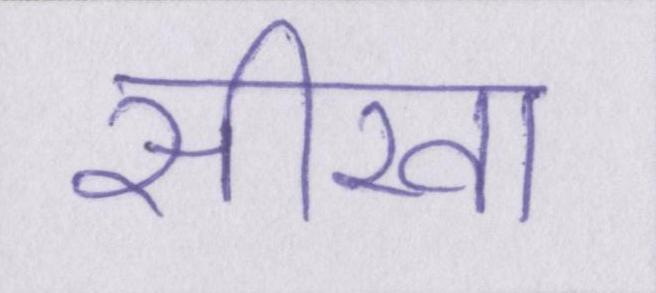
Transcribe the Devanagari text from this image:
सीखा